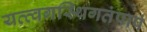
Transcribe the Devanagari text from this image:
यत्त्वगस्थिगतंपापं